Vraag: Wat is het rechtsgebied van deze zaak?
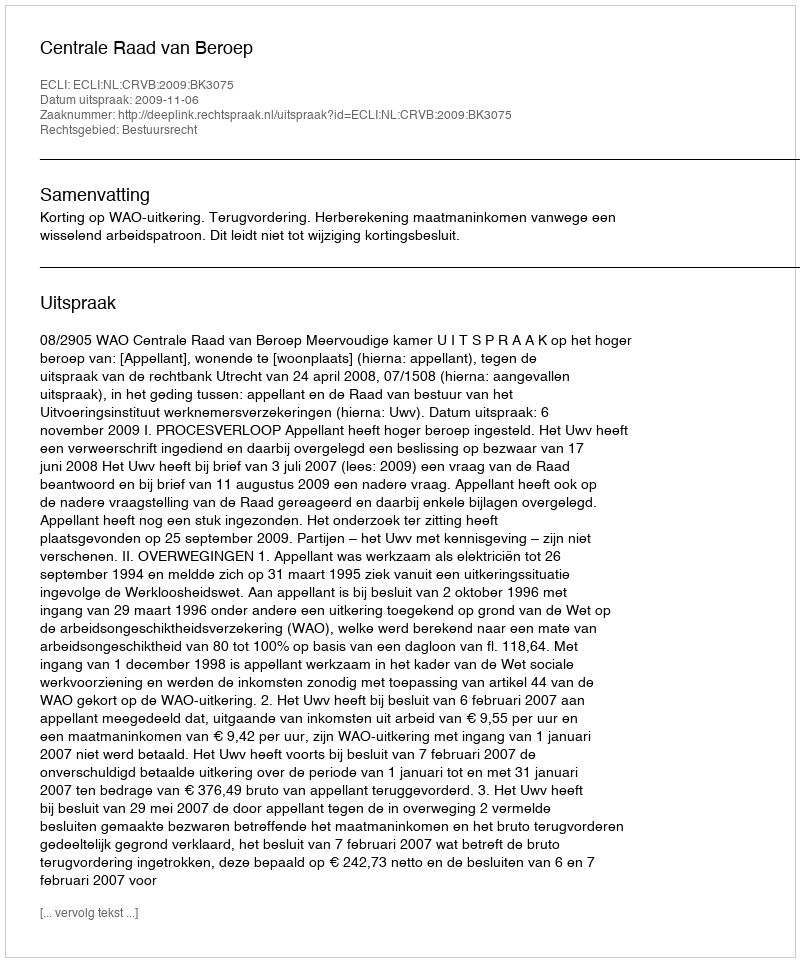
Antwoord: Bestuursrecht